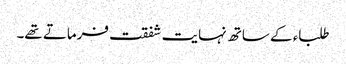
طلباء کے ساتھ نہایت شفقت فرماتے تھے۔